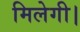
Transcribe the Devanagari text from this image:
मिलेगी।